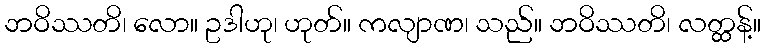
ဘဝိဿတိ၊ လော။ ဥဒါဟု၊ ဟုတ်။ ကလျာဏ၊ သည်။ ဘဝိဿတိ၊ လတ္ထန့်။